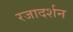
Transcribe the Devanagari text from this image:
रजादर्शन